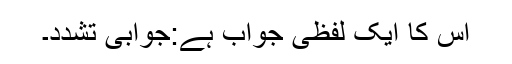
اس کا ایک لفظی جواب ہے:جوابی تشدد۔